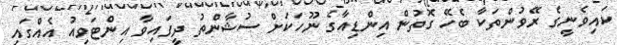
ކައިވެނީގެ ރޭވުންތަކާ ބެހޭ ގޮތުން އިންޑިއާގެ ނޫހަަކަށް ސުޝާންތު ދީފައިވާ އިންޓަވިއު އެއްގައި